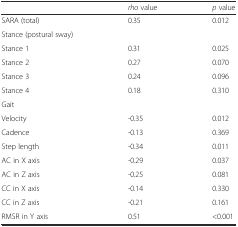
|  | rho value | p value |
 | --- | --- | --- |
 | SARA (total) | 0.35 | 0.012 |
 | Stance (postural sway) |  |  |
 | Stance 1 | 0.31 | 0.025 |
 | Stance 2 | 0.27 | 0.070 |
 | Stance 3 | 0.24 | 0.096 |
 | Stance 4 | 0.18 | 0.310 |
 | Gait |  |  |
 | Velocity | -0.35 | 0.012 |
 | Cadence | -0.13 | 0.369 |
 | Step length | -0.34 | 0.011 |
 | AC in X axis | -0.29 | 0.037 |
 | AC in Z axis | -0.25 | 0.081 |
 | CC in X axis | -0.14 | 0.330 |
 | CC in Z axis | -0.21 | 0.161 |
 | RMSR in Y axis | 0.51 | <0.001 |